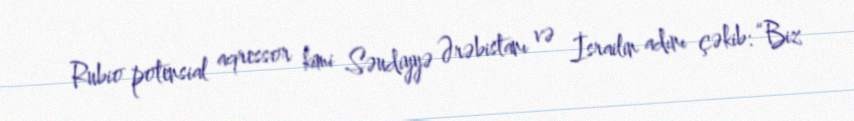
Rubio potensial aqressor kimi Səudiyyə Ərəbistanı və İsrailin adını çəkib: “Biz